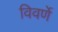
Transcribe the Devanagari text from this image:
विवर्णे